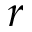
r